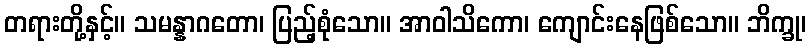
တရားတို့နှင့်။ သမန္နာဂတော၊ ပြည့်စုံသော။ အာဝါသိကော၊ ကျောင်းနေဖြစ်သော။ ဘိက္ခု၊